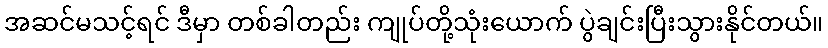
အဆင်မသင့်ရင် ဒီမှာ တစ်ခါတည်း ကျုပ်တို့သုံးယောက် ပွဲချင်းပြီးသွားနိုင်တယ်။